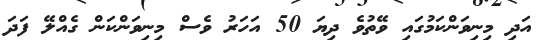
އަދި މިނިވަންކަމުގައި ވޭތުވެ ދިޔަ 50 އަހަރު ވެސް މިނިވަންކަން ގެއްލޭ ފަދަ